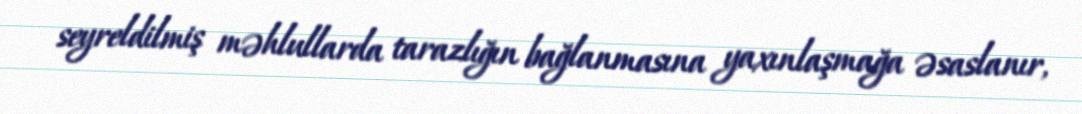
seyreldilmiş məhlullarda tarazlığın bağlanmasına yaxınlaşmağa əsaslanır,